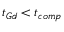
t _ { G d } < t _ { c o m p }